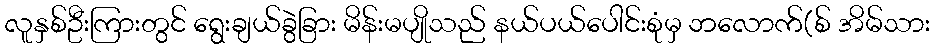
လူနှစ်ဦးကြားတွင် ရွေးချယ်ခွဲခြား မိန်းမပျိုသည် နယ်ပယ်ပေါင်းစုံမှ ဘလောက်(စ် အိမ်သား